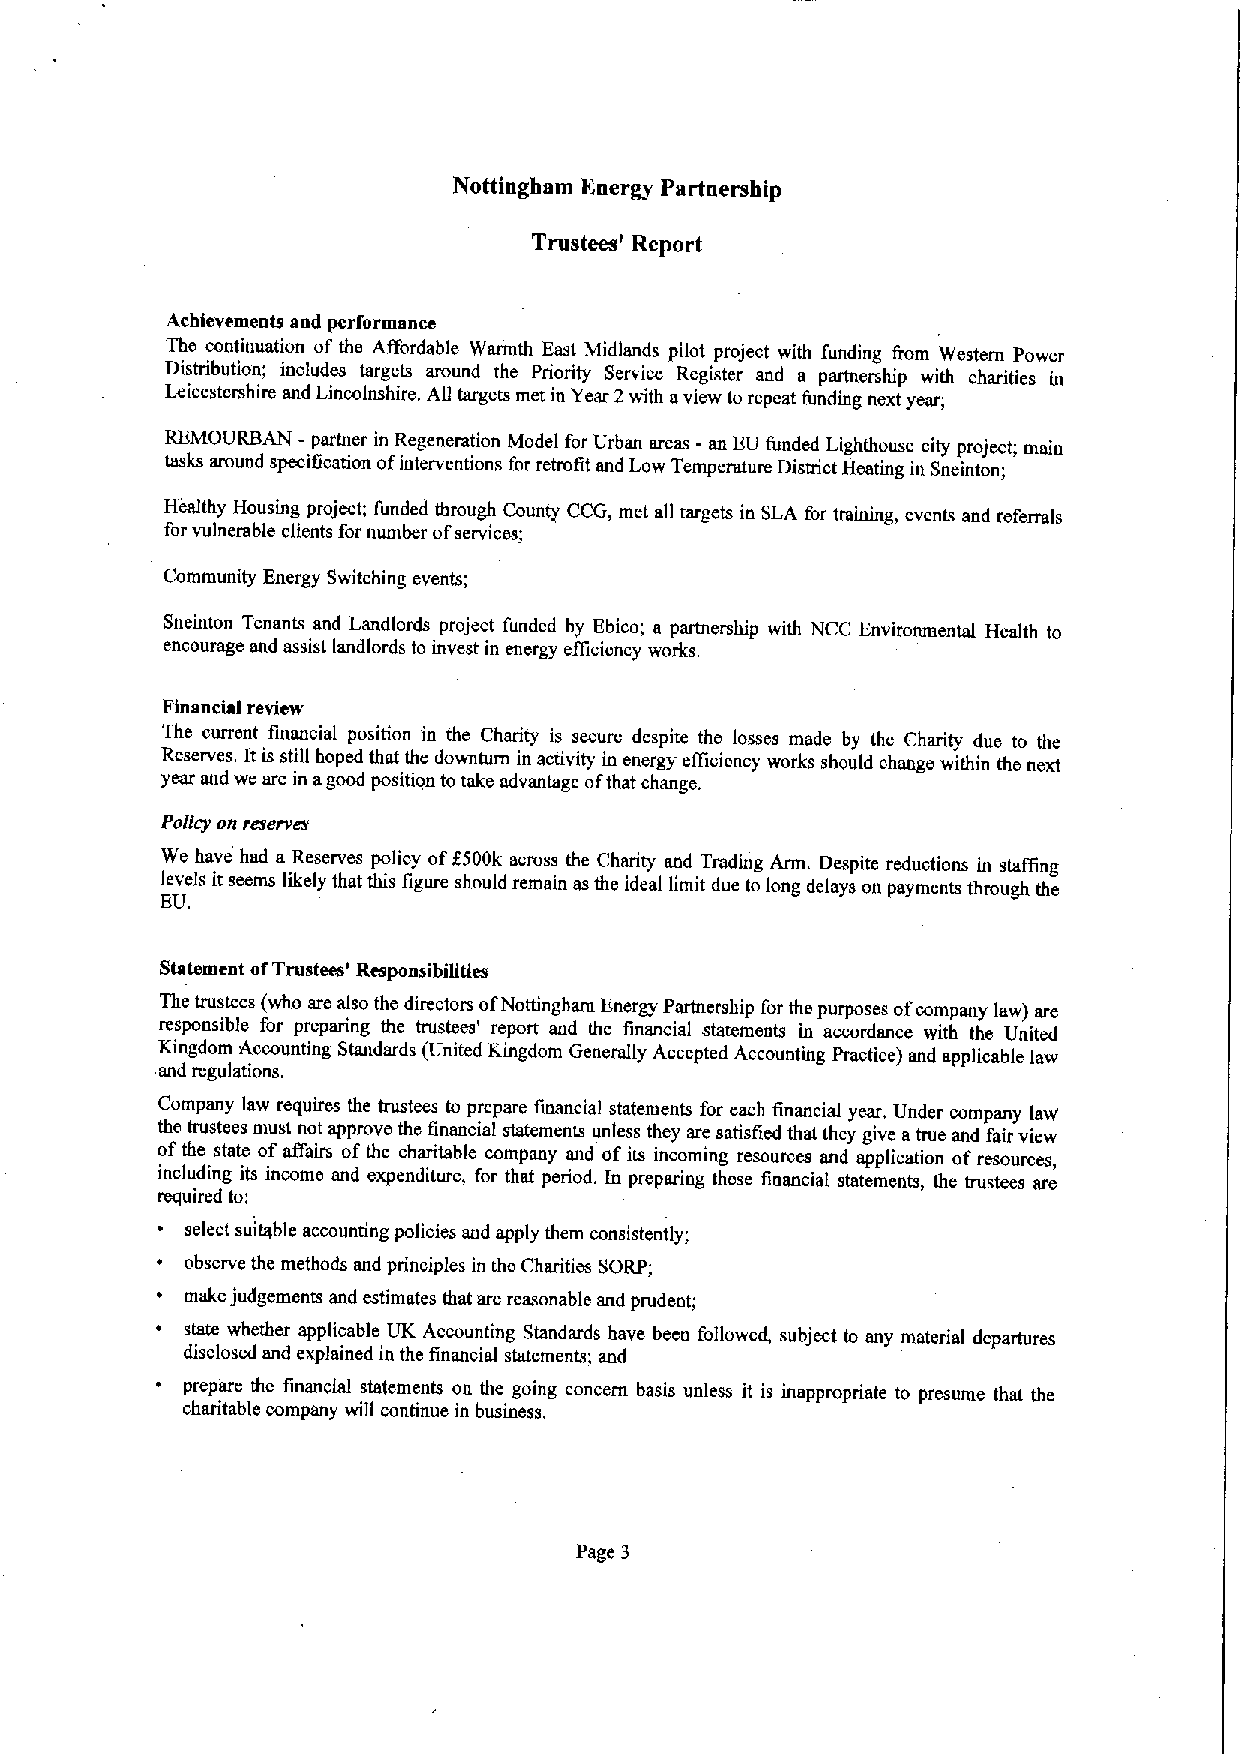
Nottiughatu Energy Partnership
 Trustees' Report
 Achievements and performance
 The continuation of the Affordable Warmth East Midlands pilot project with funding from Western Power
 Distribution', includes targets around the Priority Service Register and a partnership with charities m
 Leicestershire and Lincolnshire. All targets met in Year 2with aview to repeat funding next year,
 REMOURBAN - partner in Regeneration Model for Urban areas - an EU funded Lighthouse city project; main
 tasks around specification ofinterventions for retrofit and Low Temperature District Heating in Sneinton;
 Healthy Housing project; funded through County CCG, met all targets in SLA for training, events and referrals
 for vulnerable clients for number ofservices;
 Community Energy Switching events;
 Sneinton Tenants and Landlords project funded by Ebico; a partnership with NCC Environmental Health to
 encourage and assist landlords to invest in energy efficiency works.
 Financial review
 The current financial position in the Charity is secure despite the losses made by the Charity due to the
 Reserves. It is still hoped that the downturn in activity in energy efficiency works should change within the next
 year and we are in agood position totake advantage ofthat change.
 Policy on reserves
 We have had a Reserves policy off500k across the Charity and Trading Arm. Despite reductions in staifing
 levels it seems likely that this figure should remain asthe ideal limit due to long delays on payments through the
 EU.
 Statement ofTrustees' Responsibilities
 The trustees (who are also the directors ofNottingharn Energy Partnership for the purposes ofcompany law) are
 responsible for preparing the trustees' report and the financial statements in accordance with the United
 Kingdom Accounting Standards (United Kingdom Generally Accepted Accounting Practice) and applicable law
 and regulations.
 Company law requires the trustees to prepare financial statements for each financial year, Under company IaW
 the trustees must not approve the financial statements unless they are satisfied that they give atrue and fair view
 ofthe state of affairs ofthe charitable company and ofits incoming resources and application ofresources,
 including its income and expenditure, for that period. In preparing these financial statements, the trustees are
 required toi
 ~ select suitable accounting policies and apply them consistently;
 observe the methods and principles in the Charities SORP;
 make judgements and estimates that are reasonable and prudent;
 state whether applicable UK Accounting Standards have been followed, subject to any material departures
 disclosed and explained in the financial statements; and
 ~ prepare the financial statements on the going concern basis unless it is inappropriate to presume that the
 charitable company will continue in business.
 Page 3